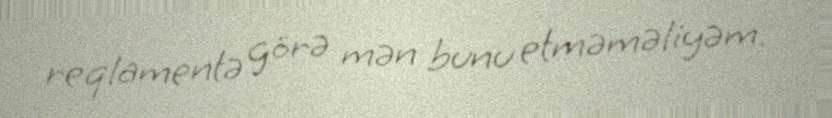
reqlamentə görə mən bunu etməməliyəm.